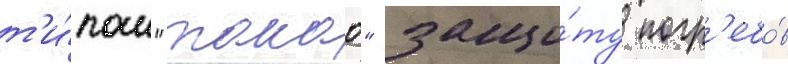
т'и́пом "такао" защи́ту погр'ебо́в